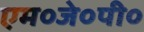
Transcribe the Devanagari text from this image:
एम०जे०पी०